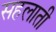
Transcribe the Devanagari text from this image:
सहलाती